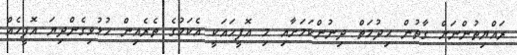
ރައްޔިތުންނަށް ގާތުން ޙިދުމަތް ދިނުންކަމަށާއި މި އޮފީހައަކީ އެކަމުގެ ތެރެއިން ހުޅުވިގެންދިޔަ އޮފީހެއް